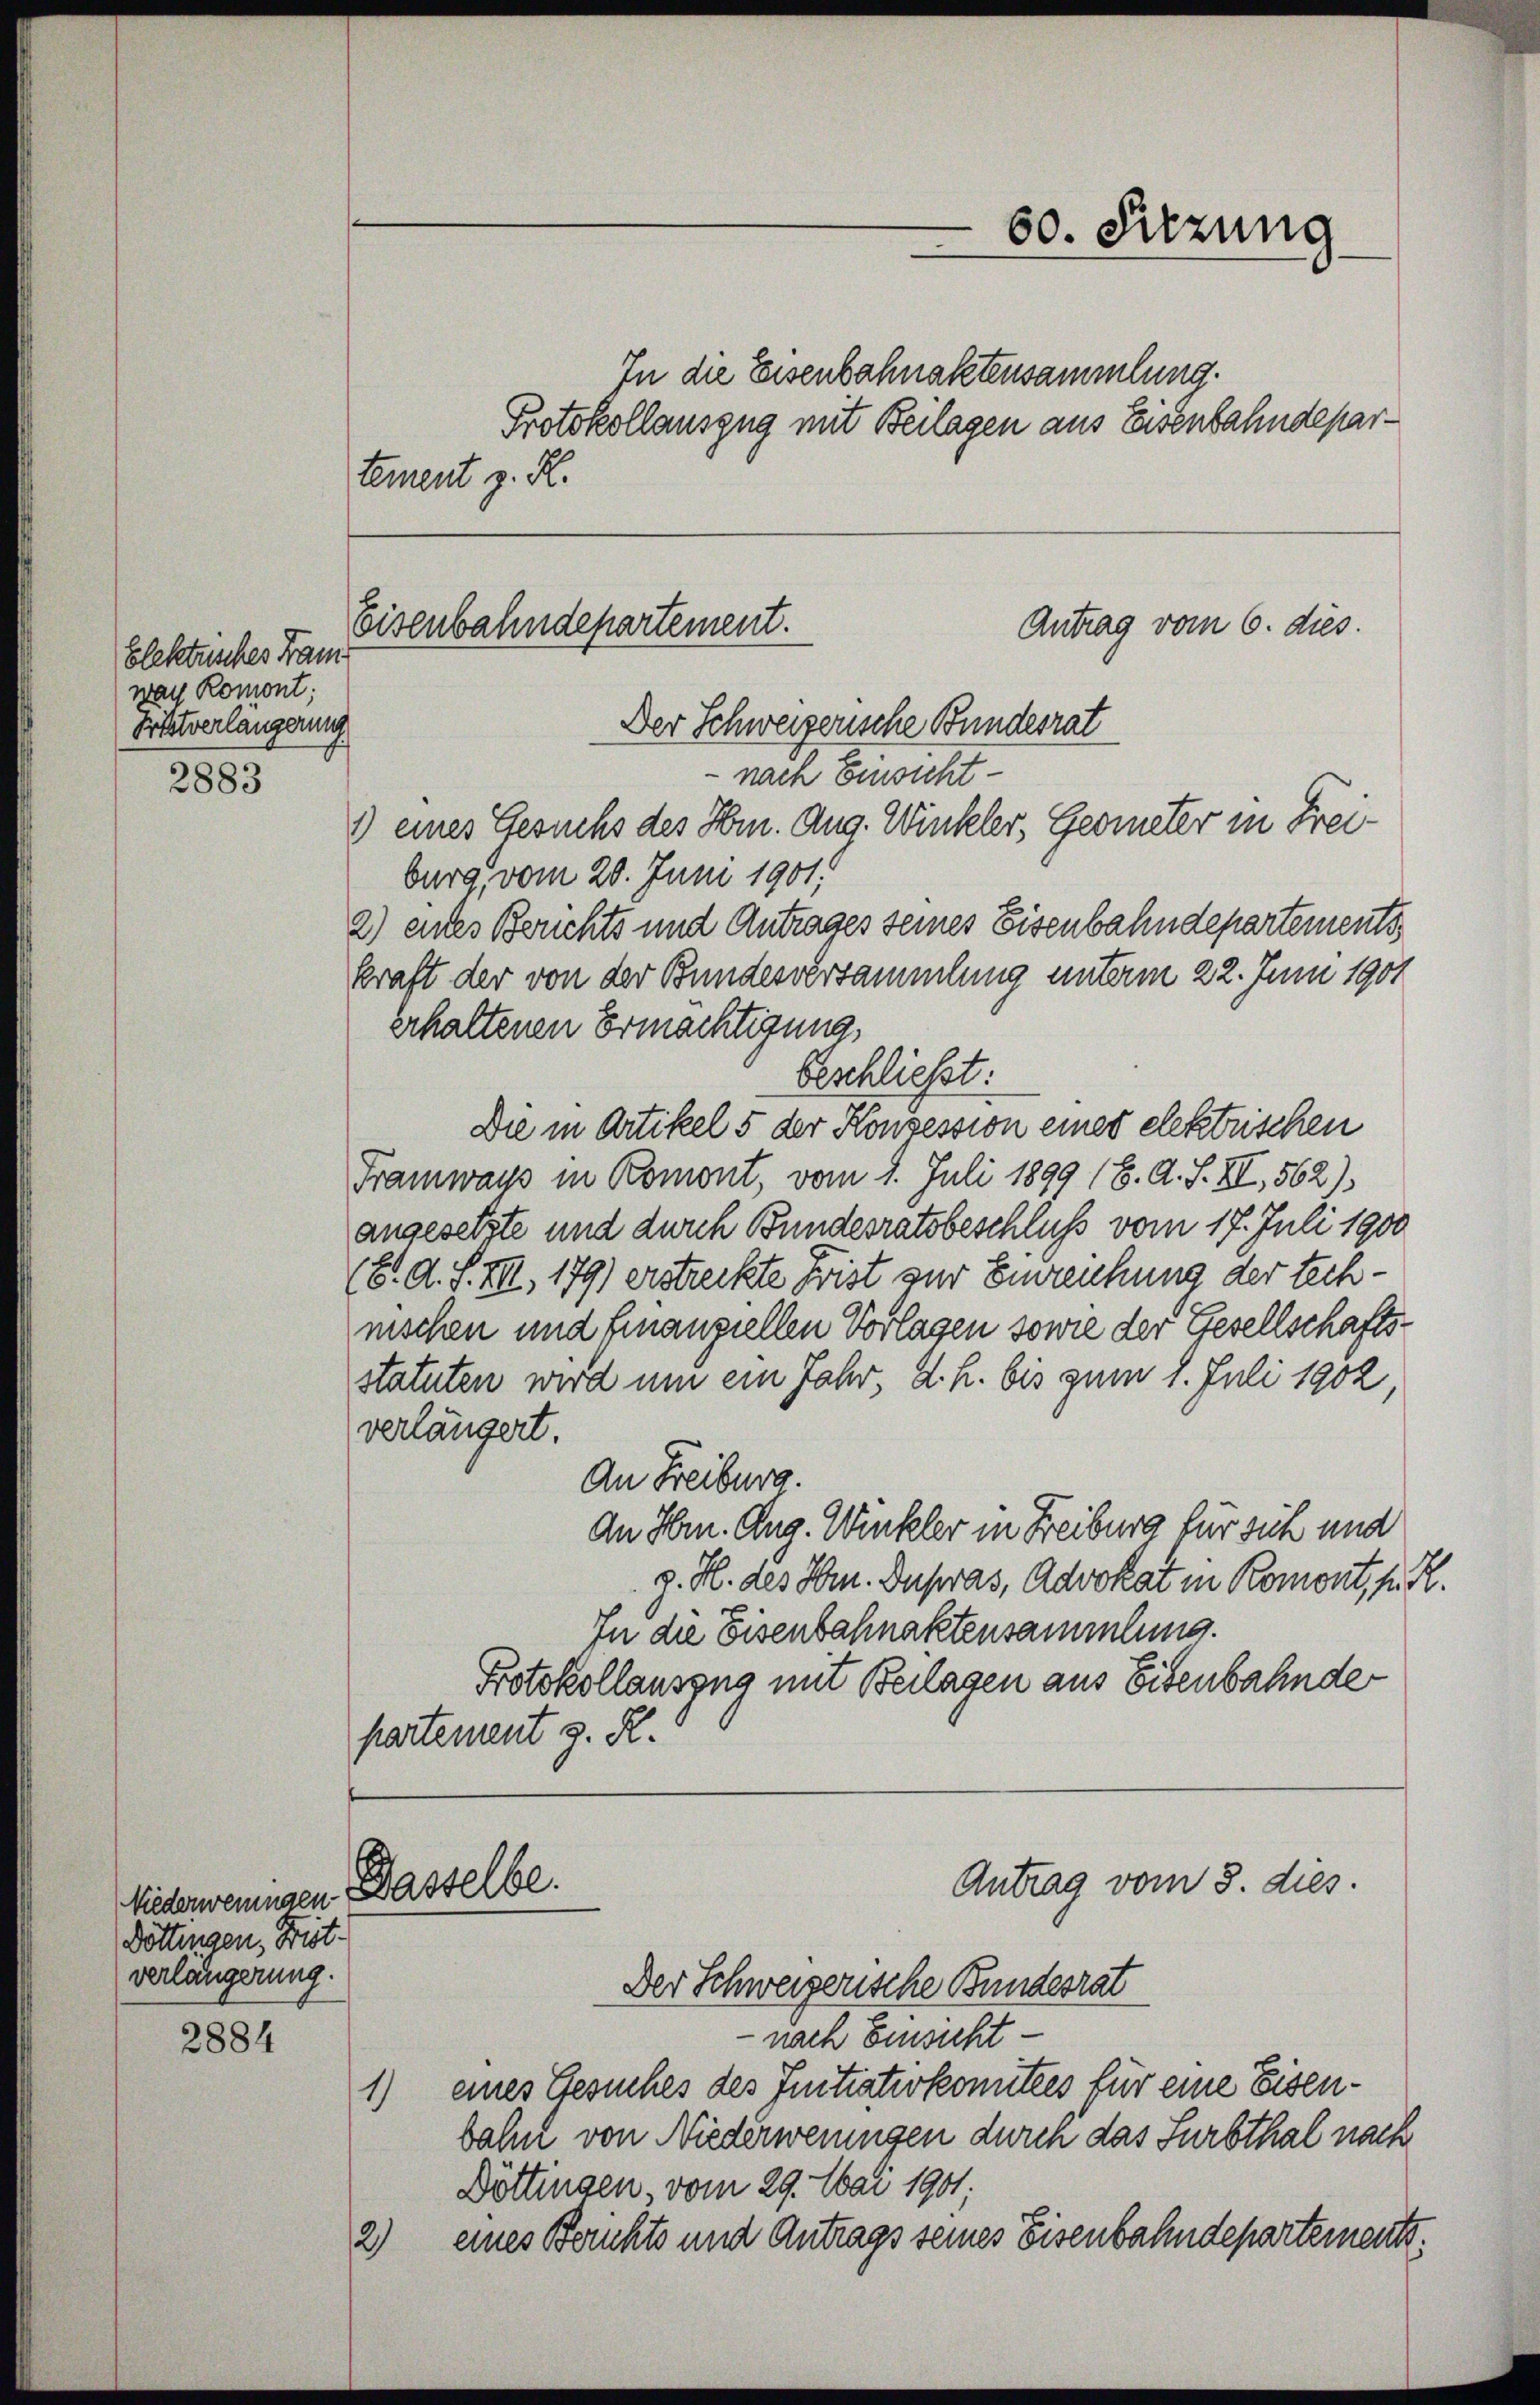
2883

Niederweningen Basselbe.
Döttingen, Bist
verlängerung.

2884

Elektusches Frau
war Romont;
Prftverlängerung

1)

12)

60. Sitzung

In die Eisenbahnaktensammlung.
Protokollauszug mit Beilagen aus Eisenbahndepartement z. R.

Antrag vom 6. dies.
Eisenbahndepartement.
Der Schweizerische Bundesrat
nach Einsicht
1) eines Gesuchs des Hrn. Aug. Winkler, Geometer in Frei¬

burg, vom 20. Juni 1901.
2) entes Berichts und Antrages seines Eisenbahndepartements
kraft der von der Bundesversammlung unterm 22. Juni 1901
erhaltenen Ermächtigung,
beschließt:
Die in Artikel 5 der Konsession eines elektrischen
Framways in Komont, vom 1. Juli 1899 (6. A. S. II, 562)
angesetzte und durch Bundesratsbeschluß vom 17. Juli 1900
(8. d. S. III, 179) erstreckte Frist zur Einreichung der technischen und finanziellen Vorlagen sowie der Gesellschaftsstatuten wird um ein Jahr, d. h. bis zum 1. Juli 1902.
verlängert.
An Freiburg
An Hrn. Aug. Winkler in Freiburg für sich und
g. H. des Hrn. Instras, Advokat in Romont, z. R.
In die Eisenbahnaktensammlung.
Protokollauszug mit Beilagen aus Eisenbahnde
partement z. R.

Antrag vom 5. dies.
Der Schweizerische Bundesrat
nach Einsicht
eines Gesuches des Eintrativkomitees für eine Eisenbahn von Niederweningen durch das Surbthal nach
Döttingen, vom 29. Mai 1901
eines Berichts und Antrags seines Eisenbahndepartements¬